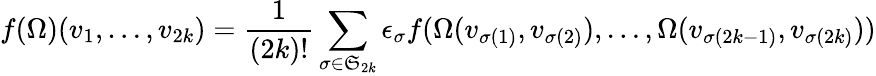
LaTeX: f(\Omega)(v_{1},\dots,v_{2k})={\frac{1}{(2k)!}}\sum_{\sigma\in{\mathfrak{S}}_{2k}}\epsilon_{\sigma}f(\Omega(v_{\sigma(1)},v_{\sigma(2)}),\dots,\Omega(v_{\sigma(2k-1)},v_{\sigma(2k)}))